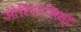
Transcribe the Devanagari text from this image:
ओरिएंटलिस्ट